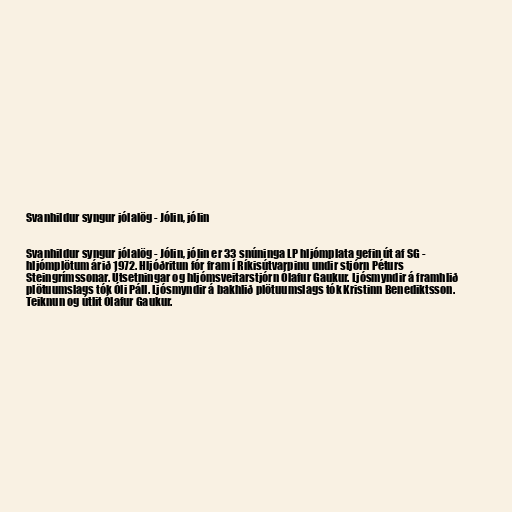
Svanhildur syngur jólalög - Jólin, jólin

Svanhildur syngur jólalög - Jólin, jólin er 33 snúninga LP hljómplata gefin út af SG -
hljómplötum árið 1972. Hljóðritun fór fram í Ríkisútvarpinu undir stjórn Péturs
Steingrímssonar. Útsetningar og hljómsveitarstjórn Ólafur Gaukur. Ljósmyndir á framhlið
plötuumslags tók Óli Páll. Ljósmyndir á bakhlið plötuumslags tók Kristinn Benediktsson.
Teiknun og útlit Ólafur Gaukur.